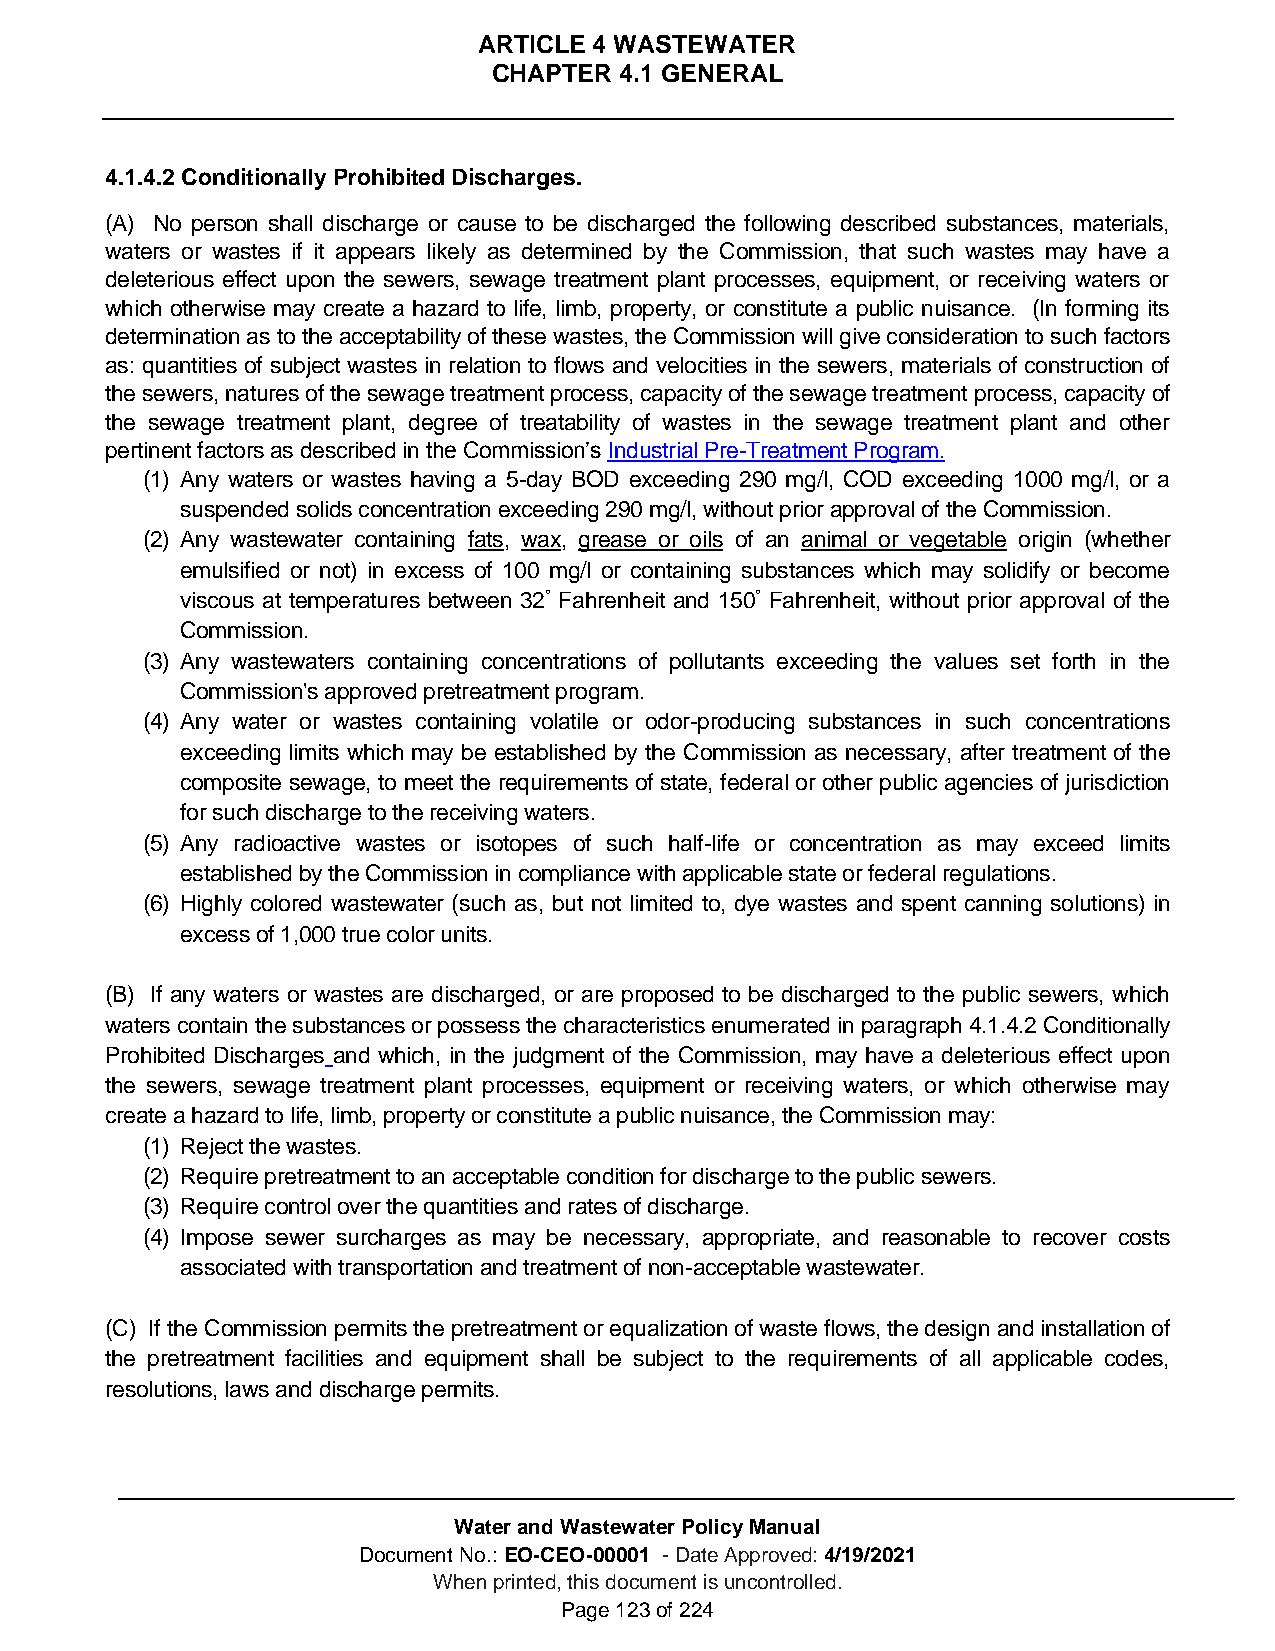
ARTICLE 4 WASTEWATER
 CHAPTER 4.1 GENERAL
 4.1.4.2 Conditionally Prohibited Discharges.
 (A) No person shall discharge or cause to be discharged the following described substances, materials,
 waters or wastes if it appears likely as determined by the Commission, that such wastes may have a
 deleterious effect upon the sewers, sewage treatment plant processes, equipment, or receiving waters or
 which otherwise may create a hazard to life, limb, property, or constitute a public nuisance. (In forming its
 determination as to the acceptability of these wastes, the Commission will give consideration to such factors
 as: quantities of subject wastes in relation to flows and velocities in the sewers, materials of construction of
 the sewers, natures of the sewage treatment process, capacity of the sewage treatment process, capacity of
 the sewage treatment plant, degree of treatability of wastes in the sewage treatment plant and other
 pertinent factors as described in the Commission’s Industrial Pre-Treatment Program.
 (1) Any waters or wastes having a 5-day BOD exceeding 290 mg/l, COD exceeding 1000 mg/l, or a
 suspended solids concentration exceeding 290 mg/l, without prior approval of the Commission.
 (2) Any wastewater containing fats, wax, grease or oils of an animal or vegetable origin (whether
 emulsified or not) in excess of 100 mg/l or containing substances which may solidify or become
 viscous at temperatures between 32° Fahrenheit and 150° Fahrenheit, without prior approval of the
 Commission.
 (3) Any wastewaters containing concentrations of pollutants exceeding the values set forth in the
 Commission's approved pretreatment program.
 (4) Any water or wastes containing volatile or odor-producing substances in such concentrations
 exceeding limits which may be established by the Commission as necessary, after treatment of the
 composite sewage, to meet the requirements of state, federal or other public agencies of jurisdiction
 for such discharge to the receiving waters.
 (5) Any radioactive wastes or isotopes of such half-life or concentration as may exceed limits
 established by the Commission in compliance with applicable state or federal regulations.
 (6) Highly colored wastewater (such as, but not limited to, dye wastes and spent canning solutions) in
 excess of 1,000 true color units.
 (B) If any waters or wastes are discharged, or are proposed to be discharged to the public sewers, which
 waters contain the substances or possess the characteristics enumerated in paragraph 4.1.4.2 Conditionally
 Prohibited Discharges and which, in the judgment of the Commission, may have a deleterious effect upon
 the sewers, sewage treatment plant processes, equipment or receiving waters, or which otherwise may
 create a hazard to life, limb, property or constitute a public nuisance, the Commission may:
 (1) Reject the wastes.
 (2) Require pretreatment to an acceptable condition for discharge to the public sewers.
 (3) Require control over the quantities and rates of discharge.
 (4) Impose sewer surcharges as may be necessary, appropriate, and reasonable to recover costs
 associated with transportation and treatment of non-acceptable wastewater.
 (C) If the Commission permits the pretreatment or equalization of waste flows, the design and installation of
 the pretreatment facilities and equipment shall be subject to the requirements of all applicable codes,
 resolutions, laws and discharge permits.
 Water and Wastewater Policy Manual
 Document No.: EO-CEO-00001 - Date Approved: 4/19/2021
 When printed, this document is uncontrolled.
 Page 123 of 224